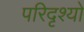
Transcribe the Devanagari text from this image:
परिदृश्‍यो